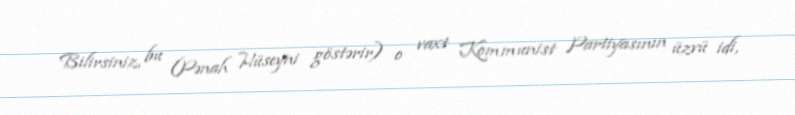
Bilirsiniz, bu (Pənah Hüseyni göstərir) o vaxt Kommunist Partiyasının üzvü idi,